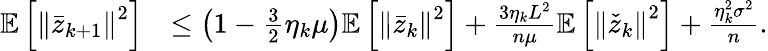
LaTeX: \begin{array}{rl}{\mathbb{E}\left[\left\Vert\bar{z}_{k+1}\right\Vert^{2}\right]}&{\leq\left(1-\frac{3}{2}\eta_{k}\mu\right)\mathbb{E}\left[\left\Vert\bar{z}_{k}\right\Vert^{2}\right]+\frac{3\eta_{k}L^{2}}{n\mu}\mathbb{E}\left[\left\Vert\check{z}_{k}\right\Vert^{2}\right]+\frac{\eta_{k}^{2}\sigma^{2}}{n}.}\end{array}